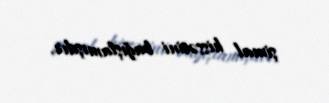
şimal hissəsini bağışlamışdır.